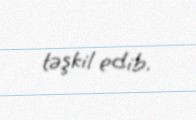
təşkil edib.